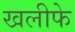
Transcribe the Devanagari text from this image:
खलीफे